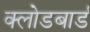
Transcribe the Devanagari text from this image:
क्लोडबार्ड